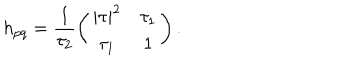
h _ { p q } = \frac { 1 } { \tau _ { 2 } } \left( \begin{array} { c c } { { | \tau | ^ { 2 } } } & { { \tau _ { 1 } } } \\ { { \tau _ { 1 } } } & { { 1 } } \\ \end{array} \right) .